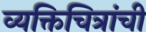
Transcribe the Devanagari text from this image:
व्यक्तिचित्रांची